Civil Veterinary Department. Madras. Admin. report 1926-33 - 1926-1933
Year: 1926
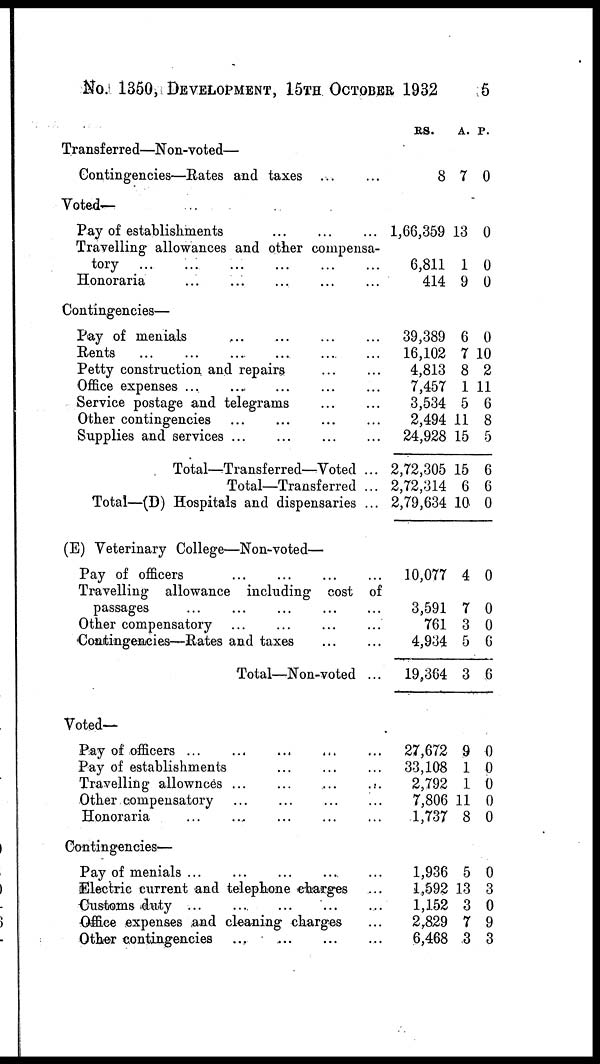
No. 1350, DEVELOPMENT, 15TH OCTOBER 1932 5
Transferred—Non-voted—
Contingencies—Rates and taxes ... ...
Voted—
Pay of establishments
...
...
...
Travelling allowances and other compensa-
tory
...
...
...
...
...
...
Honoraria
... ... ... ... ...
Contingencies—
Pay of menials ... ... ... ...
Rents ... ... ... ... ... ...
Petty construction and repairs ... ...
Office expenses ... ... ... ... ...
Service postage and telegrams ... ...
Other contingencies ... ... ... ...
Supplies and services
...
...
...
...
Total—Transferred—Voted ...
Total—Transferred ...
Total—(D) Hospitals and dispensaries ...
(E) Veterinary College—Non-voted—
Pay of officers ... ... ... ...
Travelling allowance including cost of
passages
...
...
...
...
...
Other compensatory ... ... ... ...
Contingencies—Rates and taxes ... ...
Total—Non-voted ...
Voted—
Pay of officers ... ... ... ... ... ...
Pay of establishments ... ... ...
Travelling allownces ... ... ... ...
Other compensatory ...
...
...
...
Honoraria
...
...
...
...
...
Contingencies—
Pay of menials ... ... ... ... ...
Electric current and telephone charges ...
Customs duty
...
...
...
...
...
Office expenses and cleaning charges ...
Other contingencies ...
...
...
...
RS.
8
1,66,359
6,811
414
39,389
16,102
4,813
7,457
3,534
2,494
24,928
2,72,305
2,72,314
2,79,634
10,077
3,591
761
4,934
19,364
27,672
33,108
2,792
7,806
1,737
1,936
1,592
1,152
2,829
6,468
A.
7
13
1
9
6
7
8
1
5
11
15
15
6
10
4
7
3
5
3
9
1
1
11
8
5
13
3
7
3
P.
0
0
0
0
0
10
2
11
6
8
5
6
6
0
0
0
0
6
6
0
0
0
0
0
0
3
0
9
3